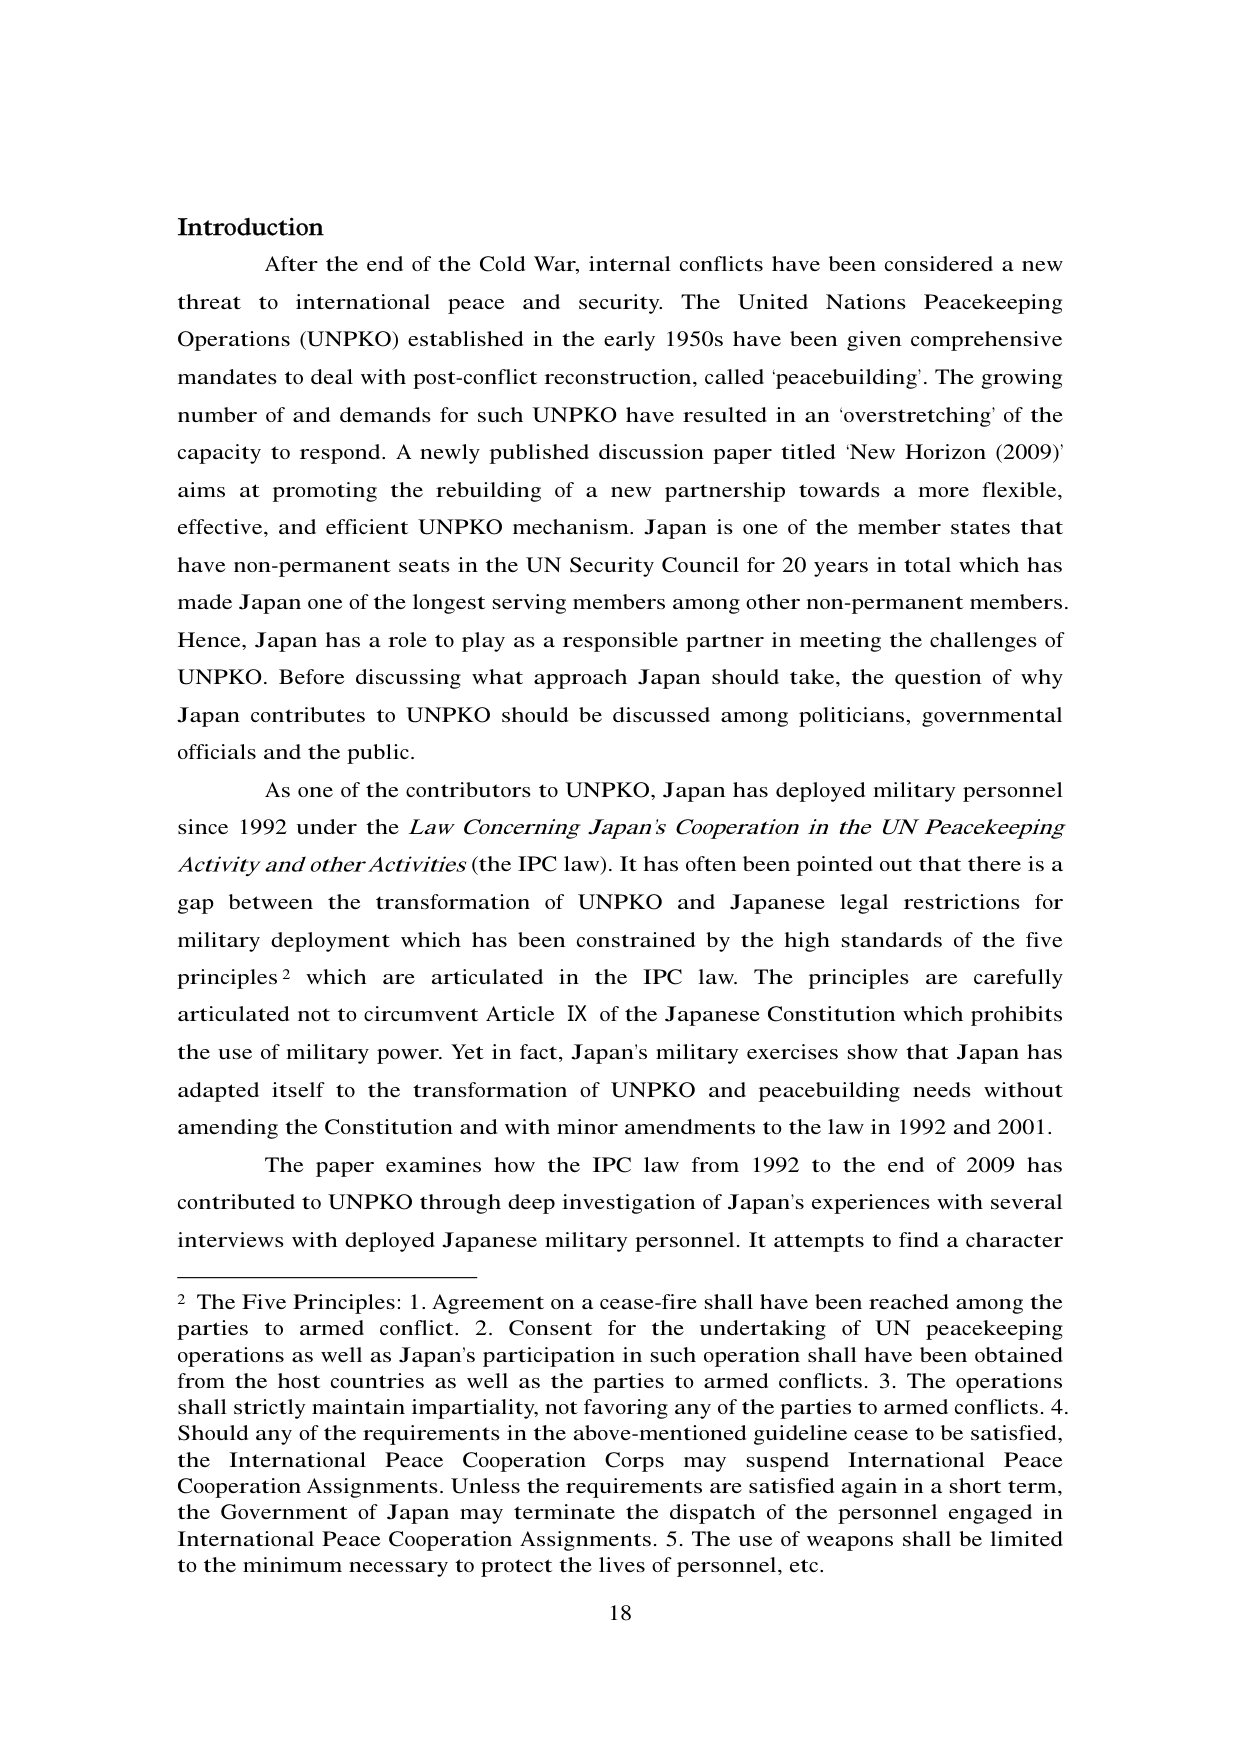
Introduction

After the end of the Cold War, internal conflicts have been considered a new threat to international peace and security. The United Nations Peacekeeping Operations (UNPKO) established in the early 1950s have been given comprehensive mandates to deal with post-conflict reconstruction, called 'peacebuilding'. The growing number of and demands for such UNPKO have resulted in an 'overstretching' of the capacity to respond. A newly published discussion paper titled 'New Horizon (2009)' aims at promoting the rebuilding of a new partnership towards a more flexible, effective, and efficient UNPKO mechanism. Japan is one of the member states that have non-permanent seats in the UN Security Council for 20 years in total which has made Japan one of the longest serving members among other non-permanent members. Hence, Japan has a role to play as a responsible partner in meeting the challenges of UNPKO. Before discussing what approach Japan should take, the question of why Japan contributes to UNPKO should be discussed among politicians, governmental officials and the public.

As one of the contributors to UNPKO, Japan has deployed military personnel since 1992 under the Law Concerning Japan's Cooperation in the UN Peacekeeping Activity and other Activities (the IPC law). It has often been pointed out that there is a gap between the transformation of UNPKO and Japanese legal restrictions for military deployment which has been constrained by the high standards of the five principles² which are articulated in the IPC law. The principles are carefully articulated not to circumvent Article IX of the Japanese Constitution which prohibits the use of military power. Yet in fact, Japan's military exercises show that Japan has adapted itself to the transformation of UNPKO and peacebuilding needs without amending the Constitution and with minor amendments to the law in 1992 and 2001.

The paper examines how the IPC law from 1992 to the end of 2009 has contributed to UNPKO through deep investigation of Japan's experiences with several interviews with deployed Japanese military personnel. It attempts to find a character

² The Five Principles: 1. Agreement on a cease-fire shall have been reached among the parties to armed conflict. 2. Consent for the undertaking of UN peacekeeping operations as well as Japan's participation in such operation shall have been obtained from the host countries as well as the parties to armed conflicts. 3. The operations shall strictly maintain impartiality, not favoring any of the parties to armed conflicts. 4. Should any of the requirements in the above-mentioned guideline cease to be satisfied, the International Peace Cooperation Corps may suspend International Peace Cooperation Assignments. Unless the requirements are satisfied again in a short term, the Government of Japan may terminate the dispatch of the personnel engaged in International Peace Cooperation Assignments. 5. The use of weapons shall be limited to the minimum necessary to protect the lives of personnel, etc.

18